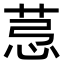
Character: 𦯡